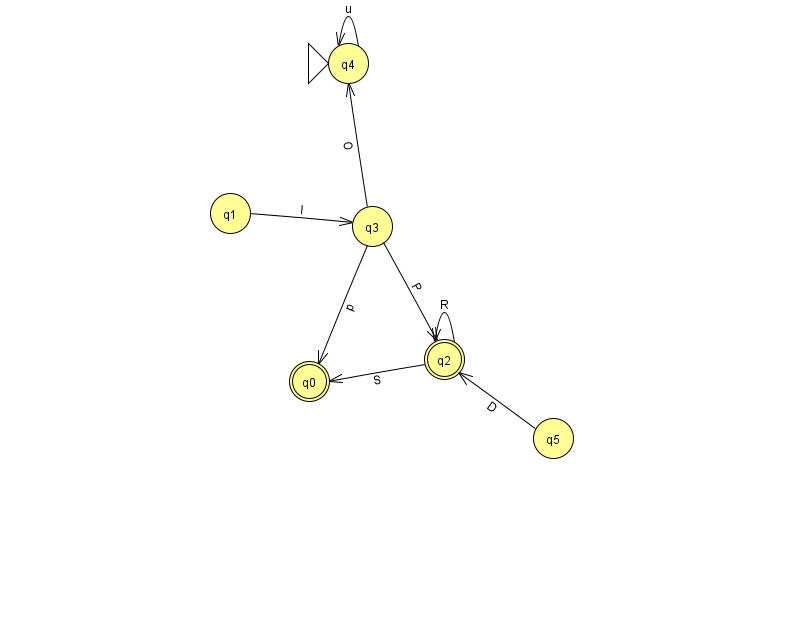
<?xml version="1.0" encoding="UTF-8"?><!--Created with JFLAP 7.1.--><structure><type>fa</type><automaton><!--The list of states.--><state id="0" name="q0"><x>309.0</x><y>368.0</y><final/></state><state id="1" name="q1"><x>230.0</x><y>200.0</y></state><state id="2" name="q2"><x>444.0</x><y>346.0</y><final/></state><state id="3" name="q3"><x>372.0</x><y>213.0</y></state><state id="4" name="q4"><x>348.0</x><y>50.0</y><initial/></state><state id="5" name="q5"><x>553.0</x><y>425.0</y></state><!--The list of transitions.--><transition><from>2</from><to>2</to><read>R</read></transition><transition><from>3</from><to>4</to><read>O</read></transition><transition><from>4</from><to>4</to><read>u</read></transition><transition><from>2</from><to>0</to><read>S</read></transition><transition><from>3</from><to>2</to><read>P</read></transition><transition><from>1</from><to>3</to><read>I</read></transition><transition><from>3</from><to>0</to><read>p</read></transition><transition><from>5</from><to>2</to><read>D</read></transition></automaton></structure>